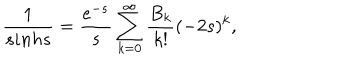
\frac { 1 } { s i n h s } = \frac { e ^ { - s } } { s } \sum _ { k = 0 } ^ { \infty } \frac { B _ { k } } { k ! } ( - 2 s ) ^ { k } ,